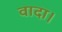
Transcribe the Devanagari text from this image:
वादा।